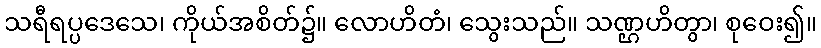
သရီရပ္ပဒေသေ၊ ကိုယ်အစိတ်၌။ လောဟိတံ၊ သွေးသည်။ သဏ္ဌဟိတွာ၊ စုဝေး၍။